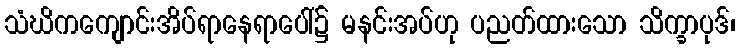
သံဃိကကျောင်းအိပ်ရာနေရာပေါ်၌ မနင်းအပ်ဟု ပညတ်ထားသော သိက္ခာပုဒ်၊